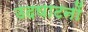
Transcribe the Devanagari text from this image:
उदघाटनों